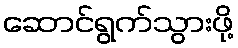
ဆောင်ရွက်သွားဖို့